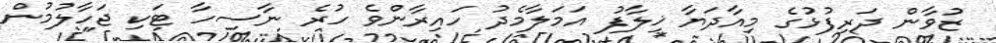
ޒުވާން ދަރިފުޅުގެ މިއާދަޔާ ޚިލާފު އަމަލާމެދު ހައިރާންވެ ހުރެ ނާސިހާ ޓަކި ޖަހާލުމުން